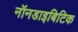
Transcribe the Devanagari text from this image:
नॉनडाइबिटिक